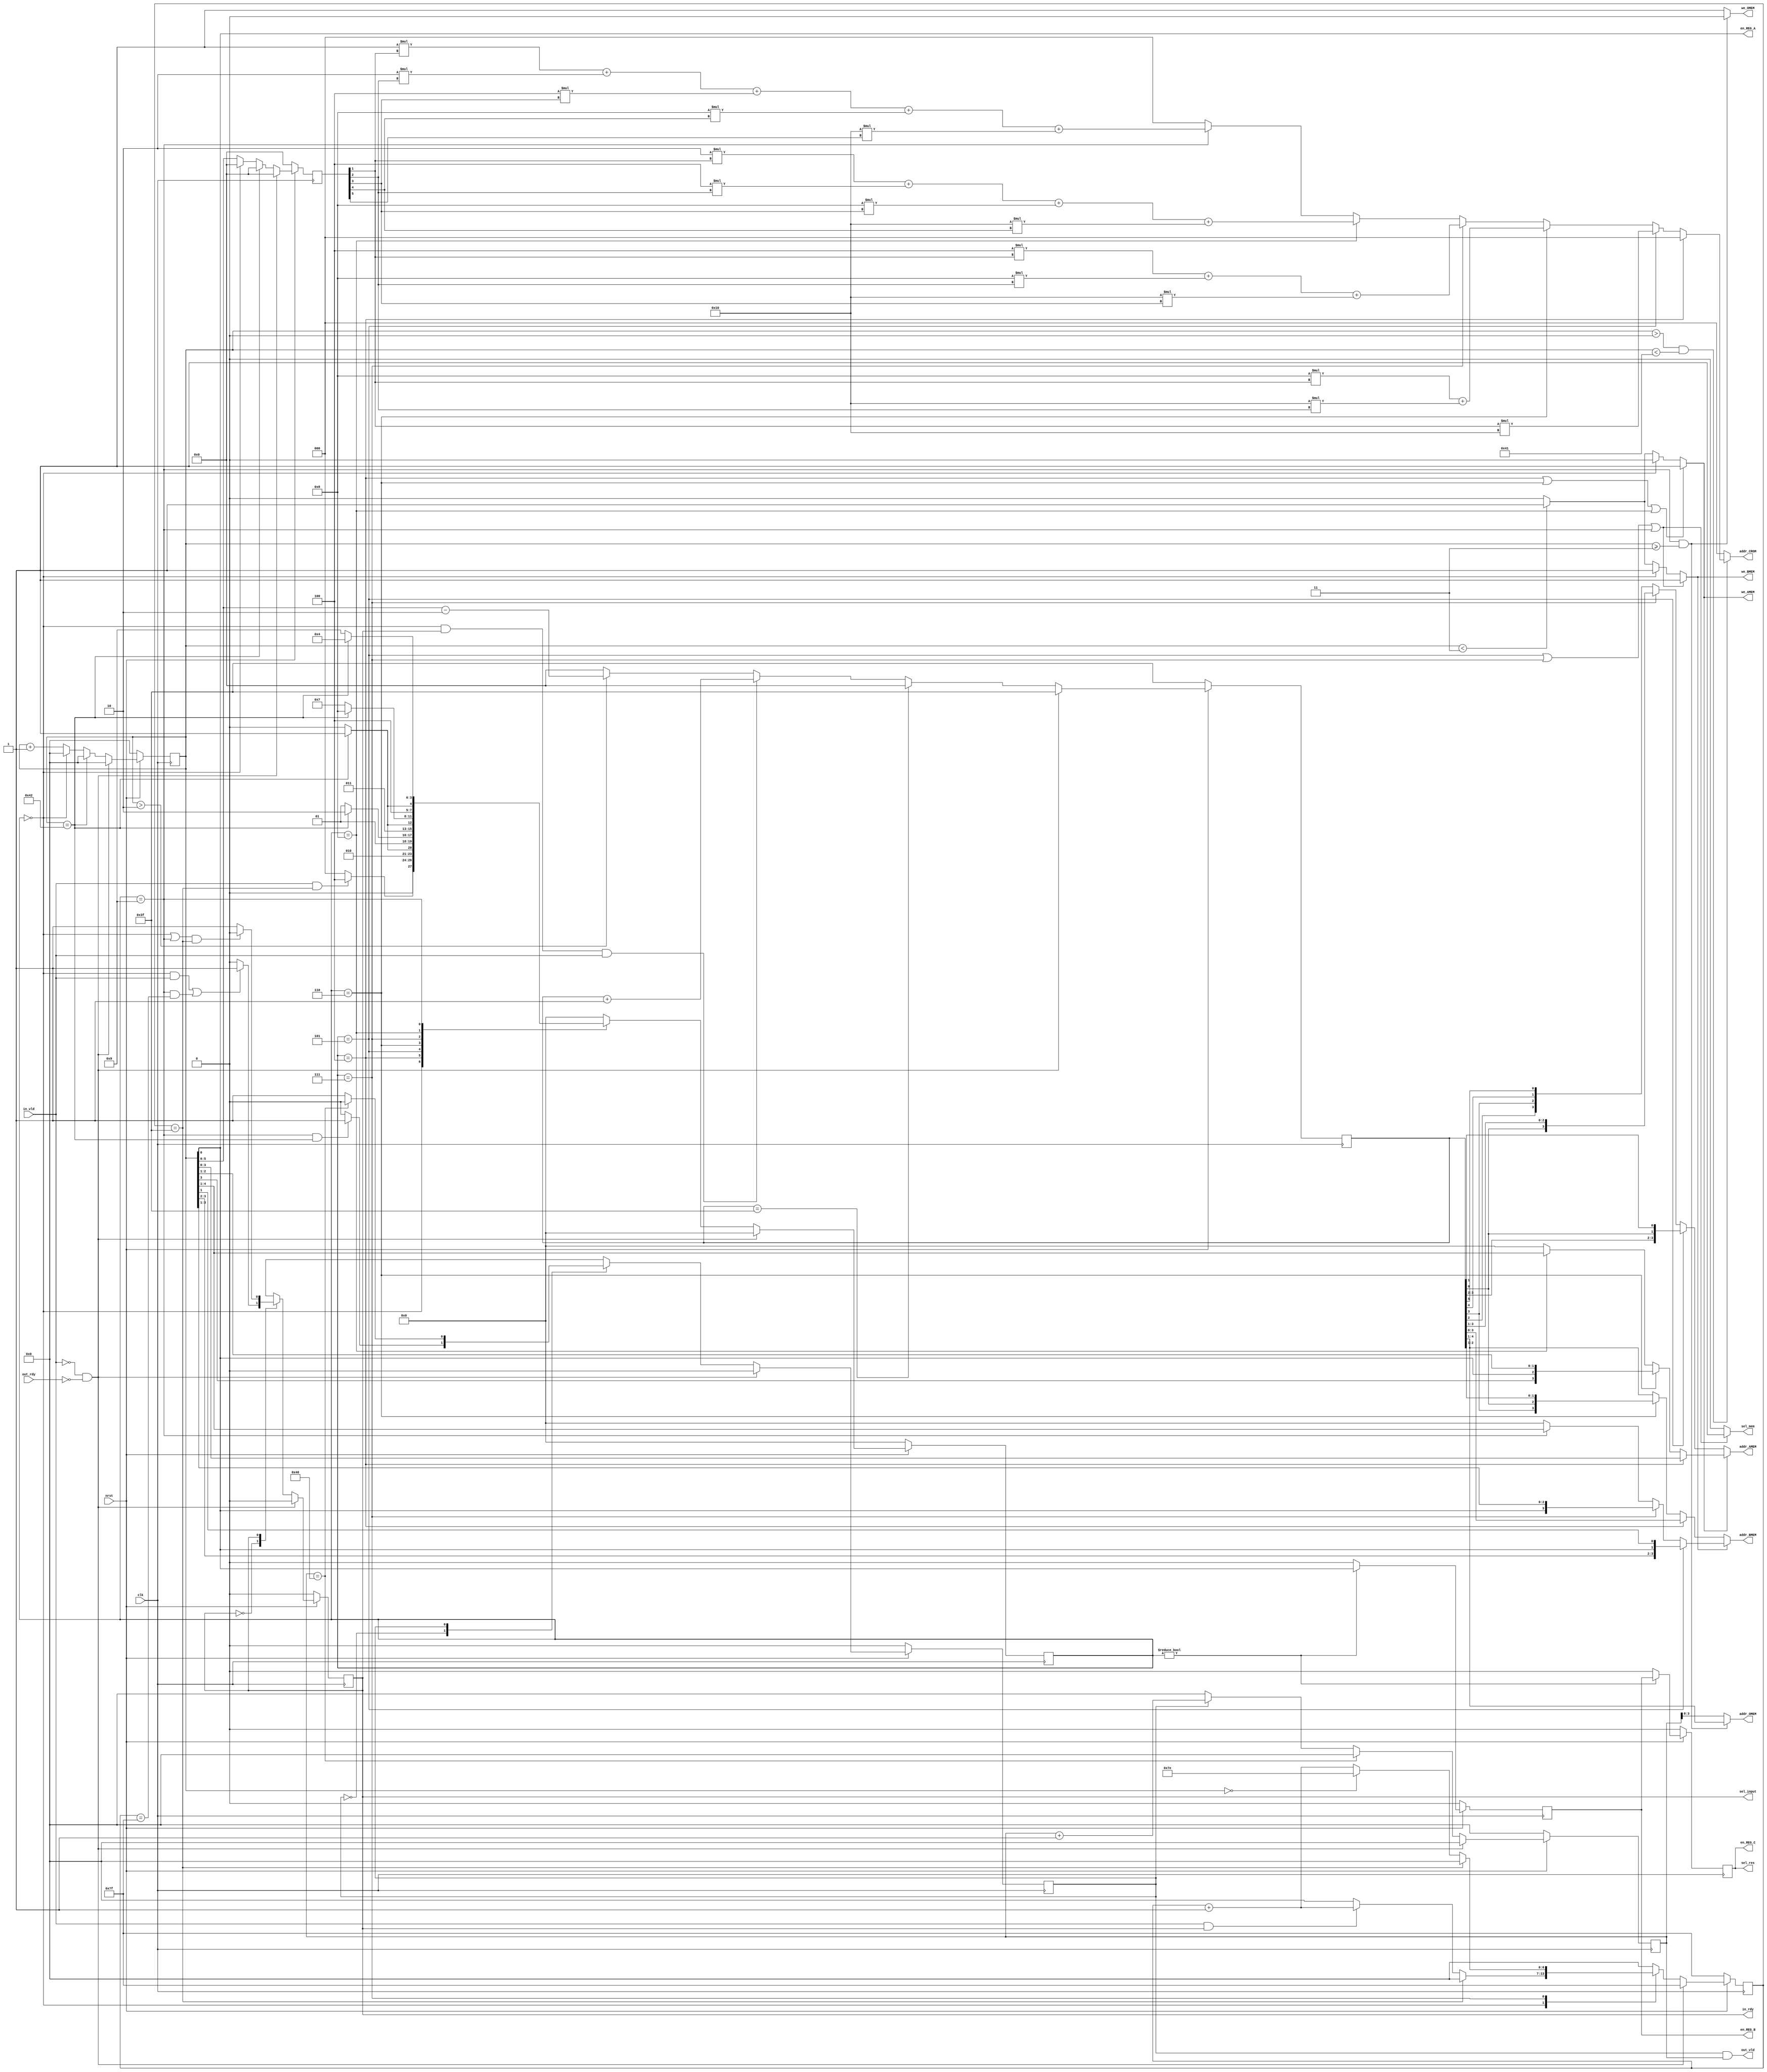
module controller(
        input 		    clk, nrst, in_vld, out_rdy,
        output wire 	in_rdy, out_vld,
	    output wire	    sel_input,
	    output wire 	sel_res,
        output wire 	sel_mem,
        output wire 	we_AMEM, we_BMEM, we_OMEM,
        output wire 	[3:0] addr_AMEM,
        output wire 	[3:0] addr_BMEM,
        output wire 	[3:0] addr_OMEM,
        output wire 	[2:0] addr_CROM,
        output wire 	en_REG_A,
	    output reg	    en_REG_B, en_REG_C
);

/////////////////////////////////////
/////////// Edit code below!!////////

reg [6:0] cnt, cnt_out, cnt_in;
reg [5:0]  cnt_addr, cnt_cr;		// cnt_cr : 1clock delay sig of cnt
//reg [2:0] cstate, nstate, cstate_in, nstate_in, cstate_out, nstate_out;
reg [3:0] cstate, nstate;
reg cstate_in, nstate_in, cstate_out, nstate_out;		// IDLE : 0, RUN : 1


localparam
	IDLE	= 4'b0000,
	RUN		= 4'b0001,
    Stage1  = 4'b0100,
    Stage2  = 4'b0101,
    Stage3  = 4'b0110,
    Stage4  = 4'b0111,
	Stage5 	= 4'b1000,
	Stage6	= 4'b1001;	

always@(posedge clk) begin
	if(!nrst) begin
		cnt <= 0;
		cnt_cr <= 0;	// addr_CROM ?? ????? ???? counter
	end	
	else begin
		if(in_vld == 1'b0 && out_rdy == 1'b0) begin     // ?? ?? 0??? FFT ????
			cnt <= 0;
			cnt_cr <= 0;
		end
        else if(cnt == 7'd66) begin
            cnt <= 0;
			cnt_cr <= 0;
        end
		else if(cstate == IDLE) begin
			cnt <= 0;
			cnt_cr <= 0;
		end
		else begin
			cnt <= cnt + 5'd1;
			cnt_cr <= cnt;
		end
	end
end

/* addr_AMEM?? stage2,4 ?? addr_BMEM?? stage1,3?? ???? cnt?? 2 clock delay?? ????? */
always@(posedge clk) begin
	if(!nrst) begin
		cnt_addr <= -1;
	end	
	else begin
		if(in_vld == 1'b0 && out_rdy == 1'b0) begin     // ?? ?? 0??? FFT ????
			cnt_addr <= -1;
		end
        else if(cnt_addr == 7'd63) begin
			cnt_addr <= 0; 
        end
		else if(cstate == IDLE && in_rdy == 1&& in_vld == 1) begin 
			cnt_addr <= cnt_addr + 4'd1;
		end
		else begin
			if(cnt > 2) begin
				cnt_addr <= cnt - 2;		// ??? ?? ???? ????? ????
			end
			else
				cnt_addr <= 0;
		end
	end
end

/* cnt_in */
always@(posedge clk) begin
	if (!nrst) begin
		cnt_in <= -1;
	end 
	else if(in_vld == 1'b0 && out_rdy == 1'b0) begin    // ?? ?? 0??? FFT ????
			cnt_in <= -1;
	end
	else begin
		case (cstate)
			IDLE : begin	// cstate=IDLE ???, cnt_in : 0~15 counter
				if(cnt_in == 7'd63) begin		
					cnt_in <= 0;
				end 
				else begin
					if(in_vld == 1'b1 && in_rdy == 1'b1) begin
						cnt_in <= cnt_in + 5'd1;
					end
					else begin
						cnt_in <= 0;
					end
				end
			end
			Stage4 : begin	// cstate=STAGE4 ???, cnt=3 ???? count ????
				if(cnt_in == 7'd63) begin		
					cnt_in <= 0;
				end
				else if(cnt == 0) begin
					cnt_in <= -2;	// -2?? ??????????, cnt_in?? ???????? ?????
				end
				else begin
					cnt_in <= cnt_in + 5'd1;
				end
			end
			default begin	// ?????? state ???, ???? 0
				cnt_in <= 0;
			end
		endcase
	end
end

/* cnt_out */
always@(posedge clk) begin
	if(!nrst) begin
		cnt_out <= 0;
	end
	else begin
		if(in_vld == 1'b0 && out_rdy == 1'b0) begin
			cnt_out <= 0;
		end
		else if(cnt_out == 7'd64) begin
			cnt_out <= 0;
		end
		else if(cstate_out == RUN) begin
			cnt_out <= cnt_out + 5'd1;
		end
        else begin
			cnt_out <= 0;
		end
	end
end


always @(posedge clk)
begin
    if(!nrst) begin
       cstate <= IDLE;
       cstate_in <= IDLE[0];
       cstate_out <= IDLE;
    end
    else if ( in_vld == 1'b0 && out_rdy == 1'b0) begin     // ?? ?? 0??? ??? state IDLE -> FFT ????
       cstate <= IDLE;
       cstate_in <= IDLE[0];
       cstate_out <= IDLE;
    end
    else begin
       cstate <= nstate;
       cstate_in <= nstate_in;
       cstate_out <= nstate_out;
    end
end

/* cstate, cstate_in, cstate_out */
always @(*) begin
    case(cstate)
	        IDLE : begin
	            if(in_vld == 1'b1 && cnt_in == 7'd63) begin
	               nstate <= Stage1;
	            end
	            else begin
	               nstate <= IDLE;
	            end
	        end
            Stage1 : begin
                if(cnt == 7'd66) begin
                    nstate <= Stage2;
                end
                else begin
                    nstate <= Stage1;
                end
            end
            Stage2 : begin
                if(cnt == 7'd66) begin
                    nstate <= Stage3;
                end
                else begin
                    nstate <= Stage2;
                end
            end
            Stage3 : begin
                if(cnt == 7'd66) begin
                    nstate <= Stage4;
                end
                else begin
                    nstate <= Stage3;
                end
            end
            Stage4 : begin
                if(cnt == 7'd66) begin
                    nstate <= Stage5;
                end
                else begin
                    nstate <= Stage4;
                end
            end
			Stage5 : begin
                if(cnt == 7'd66) begin
                    nstate <= Stage6;
                end
                else begin
                    nstate <= Stage5;
                end
            end
			Stage6 : begin
                if(cnt == 7'd66) begin
                    nstate <= Stage1;
                end
                else begin
                    nstate <= Stage6;
                end
            end
			default : nstate <= IDLE;
	endcase

	// cnt_in ?? ??? ??? cstate_in ?????
    case(cstate_in)
	        IDLE[0] : begin
	            if((cstate == IDLE && in_vld == 1) || (cstate == Stage6 && cnt_in == 7'b1111111)) begin	// cnt_in ?? -1 ???? ??????? cnt_in???? ??? ????
	               nstate_in <= RUN[0];
	            end
	            else begin
	               nstate_in <= IDLE[0];
	            end
	        end
           
            RUN[0] : begin
                if((cstate == IDLE || cstate == Stage6) && cnt_in == 7'd63) begin		// 15 ????? IDLE?? ????
                    nstate_in <= IDLE[0];
                end
                else begin
                    nstate_in <= RUN[0];
                end
            end
			default : nstate_in <= RUN[0];		// IDLE ?
	endcase

    case(cstate_out)
	        IDLE[0] : begin
	            if(cstate == Stage6 && cnt == 7'd66) begin
	               nstate_out <= RUN[0];
	            end
	            else begin
	               nstate_out <= IDLE[0];
	            end
	        end
           
            RUN[0] : begin
                if(cnt_out == 64) begin
                    nstate_out <= IDLE[0];
                end
                else begin
                    nstate_out <= RUN[0];
                end
            end
			default : nstate_out <= IDLE[0];
	endcase
end



assign en_REG_A = cnt[0];

always @(posedge clk) 
begin
	if(!nrst) begin
		en_REG_B <=0;
		en_REG_C <=0;
	end
    else if(cstate != IDLE) begin
        en_REG_B <= en_REG_A;		// delay
        en_REG_C <= en_REG_B;		// delay
	end
	else begin
		en_REG_B <= 0;
		en_REG_C <= 0;
	end 
end

// addr_CROM - twiddel factor ??? ???? ??????? ??
// cnt_cr : clock cycle delay of cnt
// stage1 : all 0, Stage2 : cnt_cr[1] *16, Stage3 : cnt_cr[1]*8+cnt_cr[2]*16, Stage4 : cnt_cr[1]*4+cnt_cr[2]*8+cnt_cr[3]*16
// Stage5 : cnt_cr[1]*2+cnt_cr[2]*4+cnt_cr[3]*8+cnt_cr[4]*16 , Stage6: cnt_cr[1]*1+cnt_cr[2]*2+cnt_cr[3]*4+cnt_cr[4]*8+cnt_cr[5]*16
assign addr_CROM = (cnt > 0 && cnt < 65) ? (cstate == Stage1 ? 0 : (cstate == Stage2 ? cnt_cr[1] * 16 : 
					(cstate == Stage3 ? 8*cnt_cr[1]+16*cnt_cr[2] : (cstate == Stage4 ? 4*cnt_cr[1]+8*cnt_cr[2]+16*cnt_cr[3] :
					(cstate == Stage5 ? 2*cnt_cr[1]+4*cnt_cr[2]+8*cnt_cr[3]+16*cnt_cr[4] :
					(cstate == Stage6 ? 1*cnt_cr[1]+2*cnt_cr[2]+4*cnt_cr[3]+8*cnt_cr[4]+16*cnt_cr[5] : 0)))))) : 0;


assign out_vld = cstate_out && cnt_out;		// cnt_out >= 1 ???? ??
assign in_rdy = cstate_in;		// cstate_in == RUN ???				

assign sel_input = in_rdy;

assign we_AMEM 	= (cstate == Stage1 || cstate == Stage3 || cstate == Stage5) ? 1 : (cstate == IDLE ? 0 : (cnt < 3 ? 1 : 0));
assign we_BMEM 	= (cstate == Stage2 || cstate == Stage4 || cstate == Stage6) ? 1 : (cstate == IDLE ? 1 : (cnt < 3 ? 1 : 0));
assign we_OMEM 	= (cstate == Stage6 && cnt >= 3) ? 0 : 1;

assign sel_res = en_REG_C;  
assign sel_mem  = (cstate == Stage2 || cstate == Stage4 || cstate == Stage6) ? 1 : 0;

// stage1 : , stage2 : 543201, stage3 : 543021, stage4 : 540321, stage5 : 504321, stage6,Idle : reodering(012345)
assign addr_AMEM =  we_AMEM ? (cstate == Stage1 ? {cnt[5], cnt[4], cnt[3], cnt[2], cnt[1], cnt[0]}
								: (cstate == Stage3 ? {cnt[5], cnt[4], cnt[3], cnt[0], cnt[2], cnt[1]} 
								: (cstate == Stage5 ? {cnt[5], cnt[0], cnt[4], cnt[3], cnt[2], cnt[1] } :0)))		// AMEM OUT
								: (cstate == Stage2 ? {cnt_addr[5], cnt_addr[4], cnt_addr[3], cnt_addr[2], cnt_addr[0], cnt_addr[1]} 
								: (cstate == Stage4 ? {cnt_addr[5], cnt_addr[4], cnt_addr[0], cnt_addr[3], cnt_addr[2], cnt_addr[1]}
								: {cnt_addr[0], cnt_addr[1], cnt_addr[2], cnt_addr[3], cnt_addr[4], cnt_addr[5]}));	  // AMEM IN

// stage1 : , stage2 : 543201, stage3 : 543021, stage4 : 540321, stage5 : 504321, stage6 : 054321
assign addr_BMEM = we_BMEM ? (cstate == Stage2 ? {cnt[5], cnt[4], cnt[3], cnt[2], cnt[0], cnt[1]}
								: (cstate == Stage4 ? {cnt[5], cnt[4], cnt[0], cnt[3], cnt[2], cnt[1]}
								: (cstate == Stage6 ? {cnt[0], cnt[5], cnt[4], cnt[3], cnt[2], cnt[1]} : 0)))
								: (cstate == Stage1 ? {cnt_addr[5], cnt_addr[4], cnt_addr[3], cnt_addr[2], cnt_addr[1], cnt_addr[0]}
								: (cstate == Stage3 ? {cnt_addr[5], cnt_addr[4], cnt_addr[3], cnt_addr[0], cnt_addr[2], cnt_addr[1]}
								: {cnt_addr[5], cnt_addr[0], cnt_addr[4], cnt_addr[3], cnt_addr[2], cnt_addr[1]}));

assign addr_OMEM = !(we_OMEM) ? {cnt_addr[5], cnt_addr[0], cnt_addr[4], cnt_addr[3], cnt_addr[2], cnt_addr[1]} 
								: {cnt_out[5], cnt_out[4], cnt_out[3], cnt_out[2], cnt_out[1], cnt_out[0]};
		
//////////Edit code above!!/////////
////////////////////////////////////		
		
endmodule